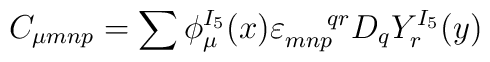
C_{\mu m n p} = \sum \phi_{\mu}^{I_5} (x) \varepsilon_{mnp}^{\: \: \: \: \: \: \: \: qr} D_q Y_r^{I_5} (y)